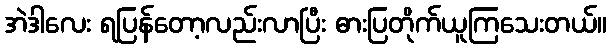
အဲဒါလေး ရပြန်တော့လည်းလာပြီး ဓားပြတိုက်ယူကြသေးတယ်။